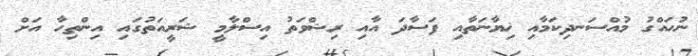
ނުހައްގު މުއްސަނދިކަމާއި ޚިޔާނަތާއި ފަސާދަ އާއި ރިޝްވަތު އިސްލާމީ ޝަރީއަތުގައި އިންތިހާ އަށް